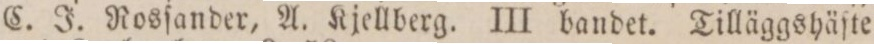
C. J. Rosſander, A. Kjellberg. III bandet. Tilläggshäſte